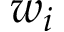
w _ { i }